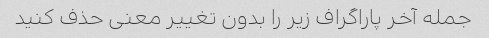
جمله آخر پاراگراف زیر را بدون تغییر معنی حذف کنید